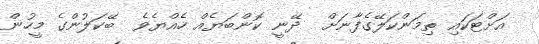
އަށްޓަކައި ތިމަންކަލޭގެފާނަށް  ދޭނީ ކޮންބަޔެއް ހެއްޔެވެ  ބޭކަލުންގެ މީހުން